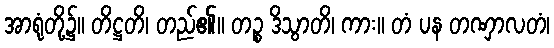
အာရုံတို့၌။ တိဋ္ဌတိ၊ တည်၏။ တဉ္စ ဒိသွာတိ၊ ကား။ တံ ပန တဏှာလတံ၊